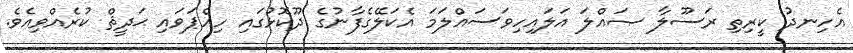
އެހިނދު ކީރިތި ރަސޫލާ ޞައްލަ އަލައިހިވަސައްލަމަ އެކަލޭގެފާނުގެ ދޫކޮޅުގައި ހިއްޕަވައި ޙަދީޘް ކުރެއްވިއެވެ.